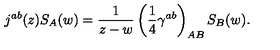
j ^ { a b } ( z ) S _ { A } ( w ) = \frac { 1 } { z - w } \left( \frac { 1 } { 4 } \gamma ^ { a b } \right) _ { A B } S _ { B } ( w ) .